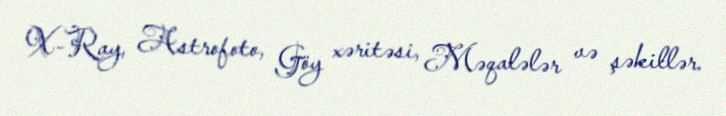
X-Ray, Astrofoto, Göy xəritəsi, Məqalələr və şəkillər.